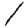
Digit: 1